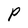
Character: P